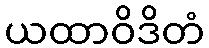
ယထာဝိဒိတံ